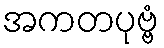
အကတပုဗ္ဗံ